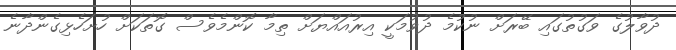
ދުވާލުގެ ވަގުތުގައި ބޭރަށް ނުކުމެ ދުވުމަކީ އިރުއައްޔަށް ތިމާ ކޮންމެވެސް ގޮތަކަށް ހުށަހެޅިގެންދާނެ